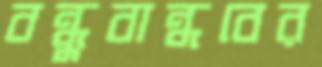
বন্ধুবান্ধবের